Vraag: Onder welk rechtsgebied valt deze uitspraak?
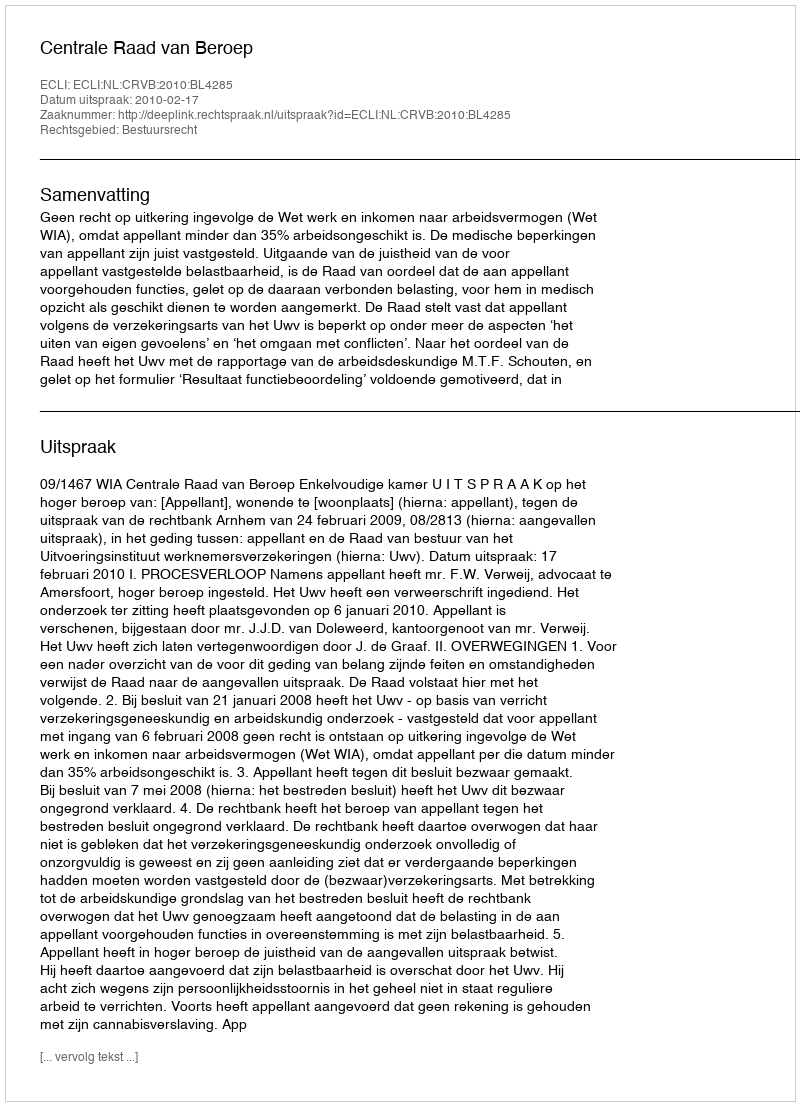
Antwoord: Bestuursrecht